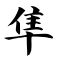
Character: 隼